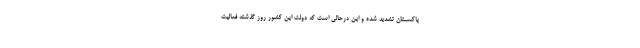
پاکسـتان تشدید شده و این درحالی است که دولت این کشور روز گذشته فعالیت